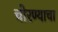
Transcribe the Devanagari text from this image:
चोरण्याचा